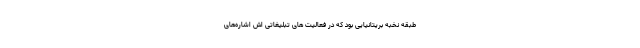
طبقه نخبه بریتانیایی بود که در فعالیت های تبلیغاتی اش اشار‌‌ه‌های